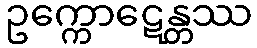
ဥက္ကောဋေန္တဿ